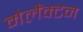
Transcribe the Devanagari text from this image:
मेलैंक्टन